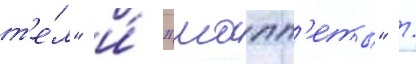
т'е́л" и́ "мапп'еты" /